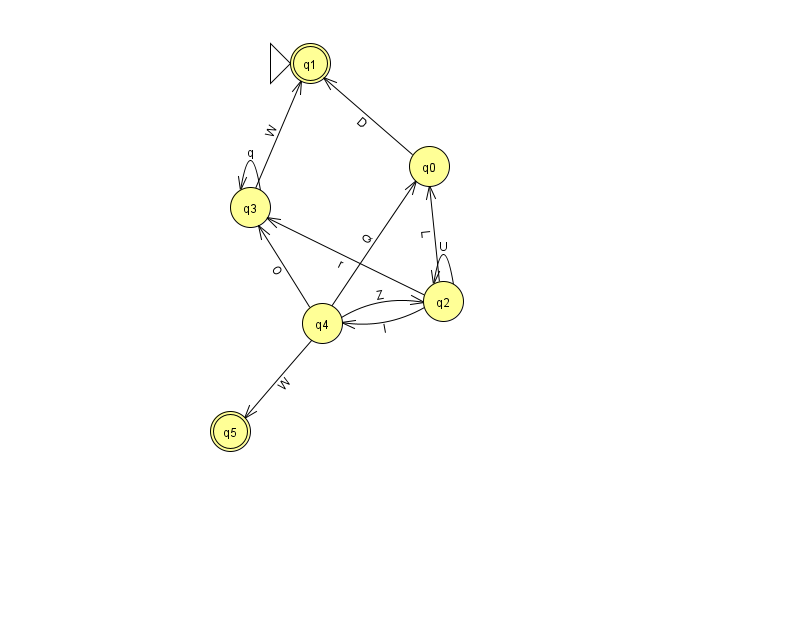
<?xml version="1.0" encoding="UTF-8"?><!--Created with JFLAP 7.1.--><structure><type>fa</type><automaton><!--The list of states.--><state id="0" name="q0"><x>429.0</x><y>153.0</y></state><state id="1" name="q1"><x>310.0</x><y>50.0</y><initial/><final/></state><state id="2" name="q2"><x>443.0</x><y>288.0</y></state><state id="3" name="q3"><x>250.0</x><y>194.0</y></state><state id="4" name="q4"><x>322.0</x><y>310.0</y></state><state id="5" name="q5"><x>230.0</x><y>418.0</y><final/></state><!--The list of transitions.--><transition><from>2</from><to>4</to><read>I</read></transition><transition><from>3</from><to>3</to><read>q</read></transition><transition><from>0</from><to>1</to><read>D</read></transition><transition><from>2</from><to>0</to><read>L</read></transition><transition><from>4</from><to>2</to><read>Z</read></transition><transition><from>3</from><to>1</to><read>W</read></transition><transition><from>2</from><to>2</to><read>U</read></transition><transition><from>4</from><to>0</to><read>Q</read></transition><transition><from>2</from><to>3</to><read>r</read></transition><transition><from>4</from><to>5</to><read>W</read></transition><transition><from>4</from><to>3</to><read>O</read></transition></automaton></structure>